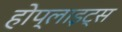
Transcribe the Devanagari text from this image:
होप्लाइट्स